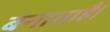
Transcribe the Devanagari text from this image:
बनाताहै।